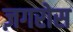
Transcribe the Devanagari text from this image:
ज़गरोस